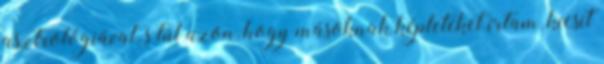
asztrológiával, s túl azon, hogy másoknak képleteket írtam, kicsit